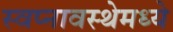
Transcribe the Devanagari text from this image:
स्वप्नावस्थेमध्ये